Report on horse surra - Volume I
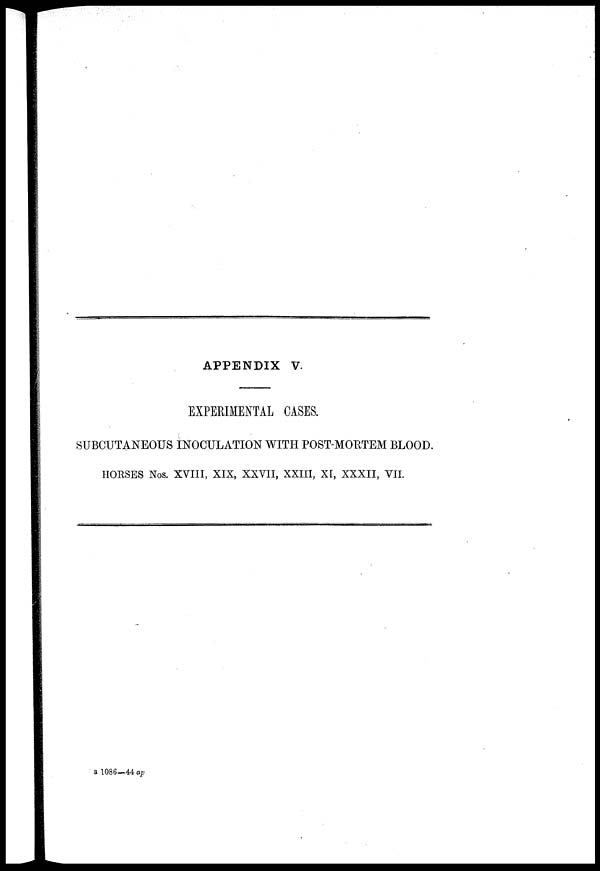
APPENDIX V.
EXPERIMENTAL CASES.
SUBCUTANEOUS INOCULATION WITH POST-MORTEM BLOOD.
HORSES Nos. XVIII, XIX, XXVII, XXIII, XI, XXXII, VII.
B 1086—44 ap